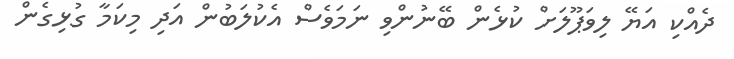
ދެއްކި އަޔޭ ލިވަޕޫލަށް ކުޅެން ބޭނުންވި ނަމަވެސް އެކުލަބުން އަދި މިކަމާ ގުޅިގެން